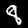
Label: 8